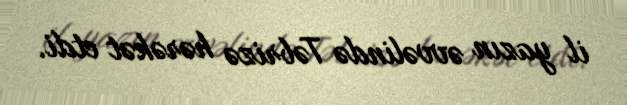
il yazın əvvəlində Təbrizə hərəkət etdi.